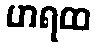
ဟရထ